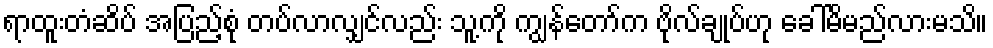
ရာထူးတံဆိပ် အပြည့်စုံ တပ်လာလျှင်လည်း သူ့ကို ကျွန်တော်က ဗိုလ်ချုပ်ဟု ခေါ်မိမည်လားမသိ။